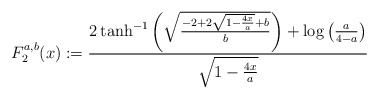
\begin{align*} F^{a,b}_2(x):= \frac{2 \tanh ^{-1}\left(\sqrt{\frac{-2 +2 \sqrt{1-\frac{4 x}{a}}+b}{b}}\right)+\log\left(\frac{a}{4-a}\right)}{\sqrt{1-\frac{4x}{a}}}\end{align*}